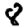
Digit: 8